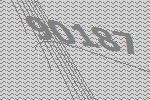
90187